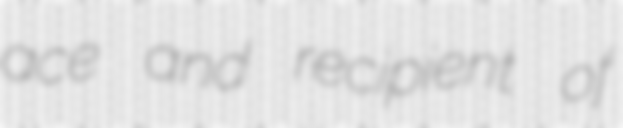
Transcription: ace and recipient of